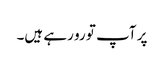
پر آپ تو رو رہے ہیں۔